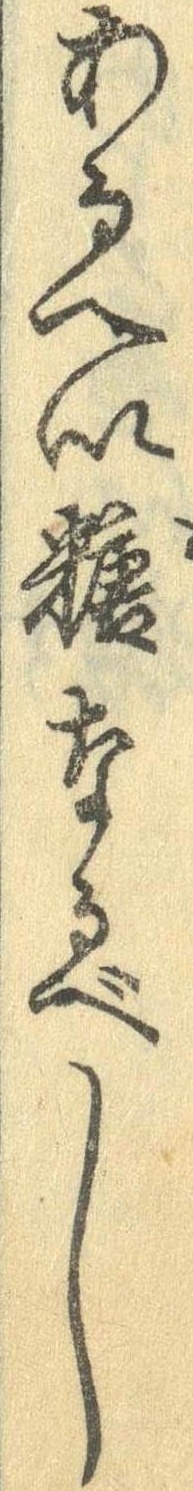
あるへい糖なるべし